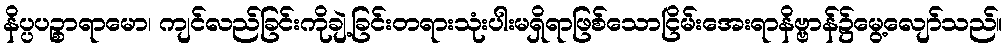
နိပ္ပပဉ္စာရာမော၊ ကျင်လည်ခြင်းကိုချဲ့ခြင်းတရားသုံးပါးမရှိရာဖြစ်သောငြိမ်းအေးရာနိဗ္ဗာန်၌မွေ့လျော်သည်။